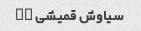
سیاوش قمیشی ID